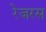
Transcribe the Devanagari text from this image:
रेजरस